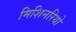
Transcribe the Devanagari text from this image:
मिशिनरियो